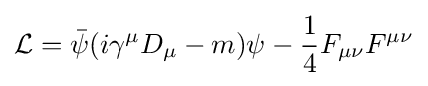
{\mathcal {L}}={\bar {\psi }}(i\gamma ^{\mu }D_{\mu }-m)\psi -{\frac {1}{4}}F_{\mu \nu }F^{\mu \nu }